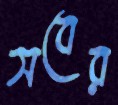
সবের